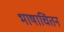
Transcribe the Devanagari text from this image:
भाषाचिंतन